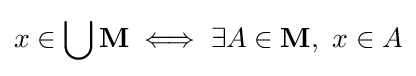
x\in \bigcup \mathbf {M} \iff \exists A\in \mathbf {M} ,\ x\in A